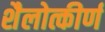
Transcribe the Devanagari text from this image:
शैलोत्कीर्ण